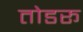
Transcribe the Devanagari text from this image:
तोडरू